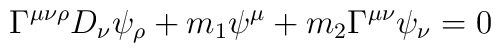
\Gamma^{\mu \nu \rho} D_{\nu} \psi_{\rho} + m_1 \psi^{\mu} + m_2\Gamma^{\mu \nu} \psi_{\nu} =0